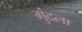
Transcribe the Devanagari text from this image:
गुंदला